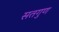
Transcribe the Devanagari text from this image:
सतगुण